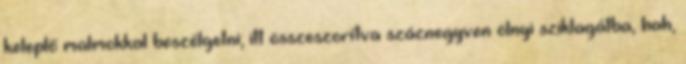
keleplő malmokkal beszélgetni; itt összeszorítva száznegyven ölnyi sziklagátba, hah,